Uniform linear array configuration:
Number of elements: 48
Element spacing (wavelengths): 1
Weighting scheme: hann
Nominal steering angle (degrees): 15
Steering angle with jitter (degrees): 14.88
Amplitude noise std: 0.05
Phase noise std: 0.05

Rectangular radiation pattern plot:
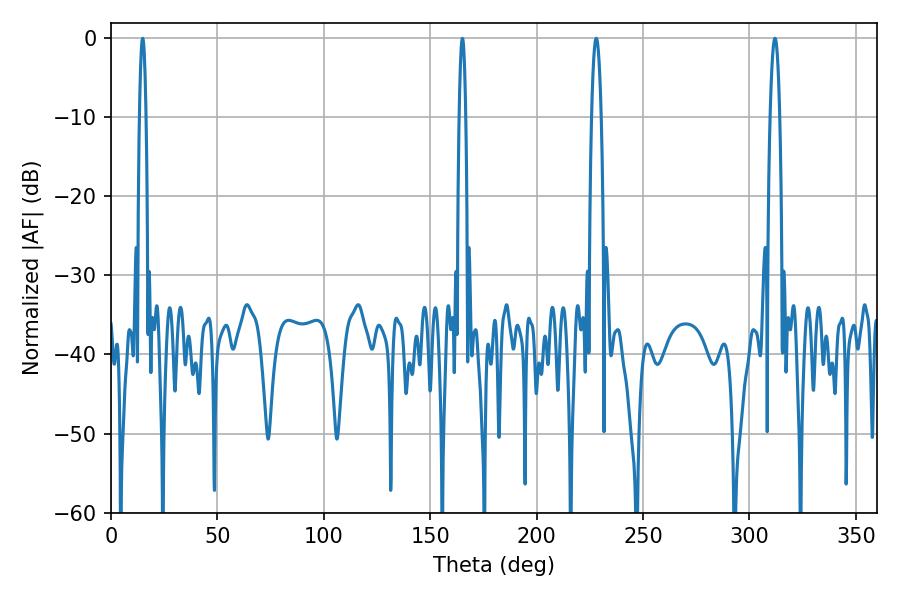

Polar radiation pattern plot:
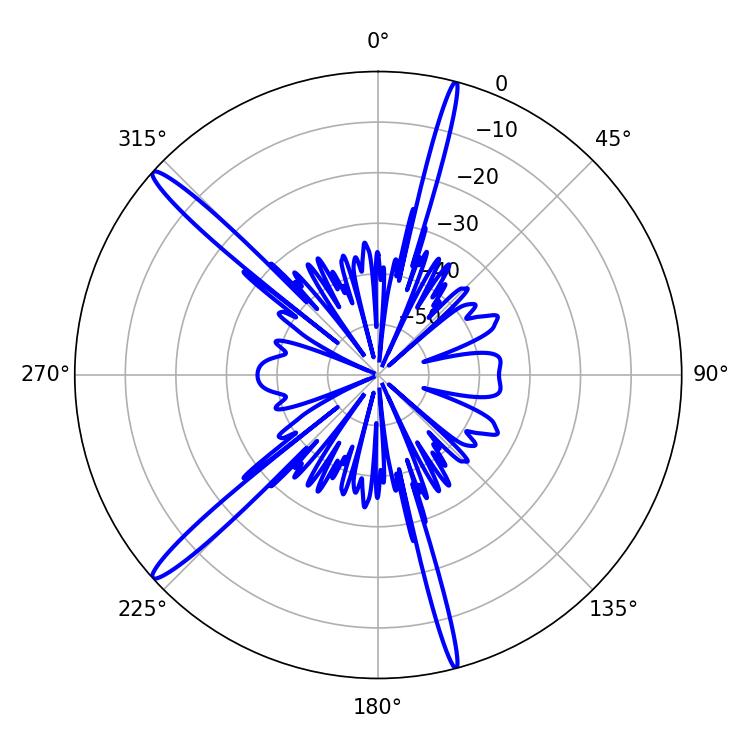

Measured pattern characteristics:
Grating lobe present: TRUE
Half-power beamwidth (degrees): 2.52
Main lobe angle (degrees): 311.94